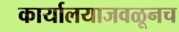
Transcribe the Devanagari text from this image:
कार्यालयाजवळूनच